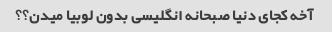
آخه کجای دنیا صبحانه انگلیسی بدون لوبیا میدن؟؟